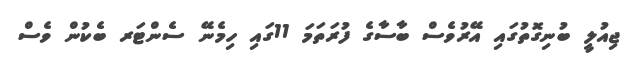
ޖިއުލީ ބުނިގޮތުގައި އޭރުވެސް ބާސާގެ ފުރަތަމަ 11ގައި ހިމެނޭ ސެންޓަރ ބެކުން ވެސް